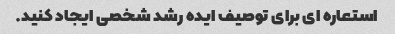
استعاره ای برای توصیف ایده رشد شخصی ایجاد کنید.